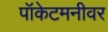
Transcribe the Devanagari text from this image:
पॉकेटमनीवर